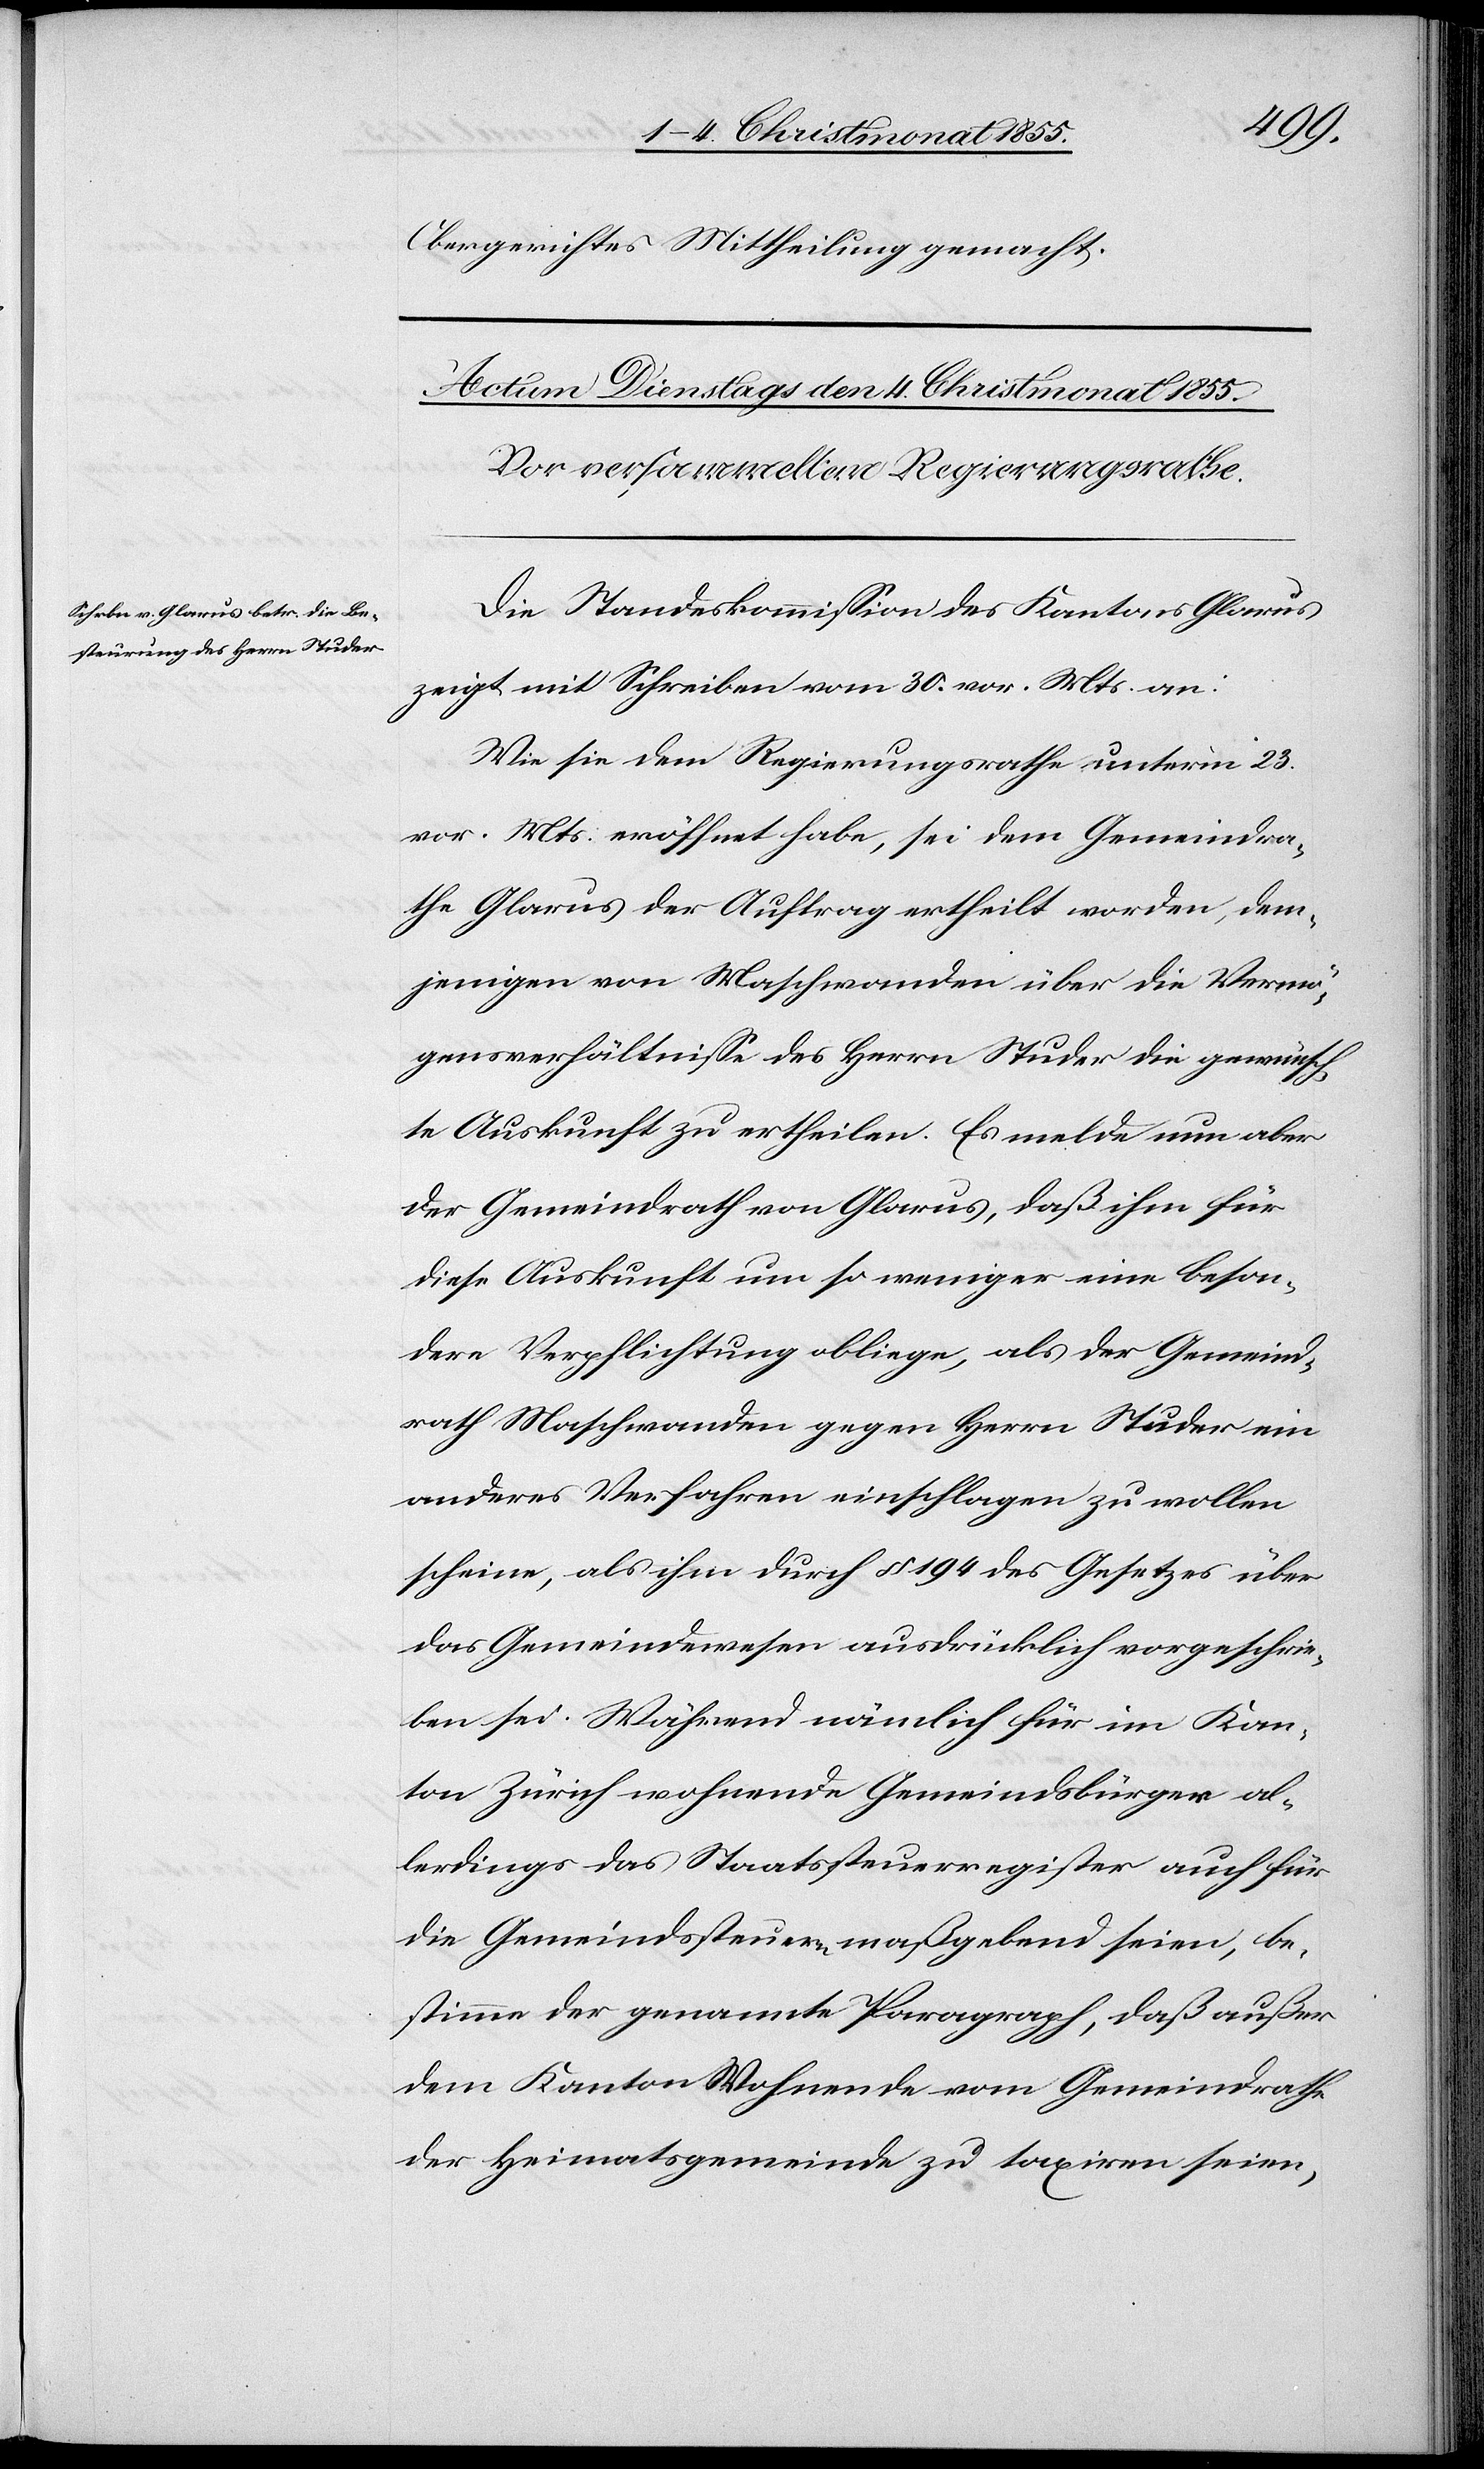
be¬
Obergerichtes Mittheilung gemacht.
Die Standeskommission des Kantons Glarus
zeigt mit Schreiben vom 30. vor. Mts. an:
Wie sie dem Regierungsrathe unterm 23.
vor. Mts. eröffnet habe, sei dem Gemeindra¬
the Glarus der Auftrag ertheilt worden, dem¬
jenigen von Maschwanden über die Vermö¬
gensverhältnisse des Herrn Studer die gewünsch¬
te Auskunft zu ertheilen. Es melde nun aber
der Gemeindrath von Glarus, daß ihm für
diese Auskunft um so weniger eine beson¬
dere Verpflichtung obliege, als der Gemeind¬
rath Maschwanden gegen Herrn Studer ein
anderes Verfahren einschlagen zu wollen
scheine, als ihm durch § 194 des Gesetzes über
das Gemeindewesen ausdrücklich vorgeschrie¬
ben sei. Während nämlich für im Kan¬
ton Zürich wohnende Gemeindsbürger al¬
lerdings das Staatssteuerregister auch für
die Gemeindssteuern maßgebend seien [s¬
stimme der genannte Paragraph, daß außer
dem Kanton Wohnende vom Gemeindrathe
der Heimatsgemeinde zu taxiren seien,